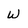
Character: W